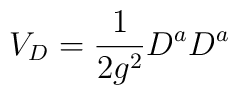
V_D = {1 \over {2g^2}} D^a D^a